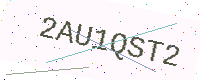
Text: 2AU1QST2